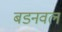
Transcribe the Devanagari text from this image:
बडनवल